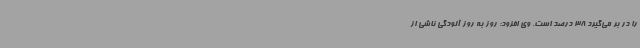
را در بر می‌گیرد 38 درصد است. وی افزود: روز به روز آلودگی ناشی از